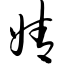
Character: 婧